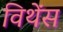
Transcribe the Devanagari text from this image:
विथेंस